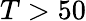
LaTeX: T>50